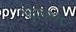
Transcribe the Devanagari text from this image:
१६९१मध्ये